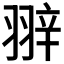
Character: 𦐹